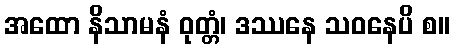
အထော နိသာမနံ ဝုတ္တံ၊ ဒဿနေ သဝနေပိ စ။